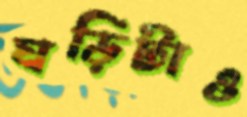
ঘড়িটাও